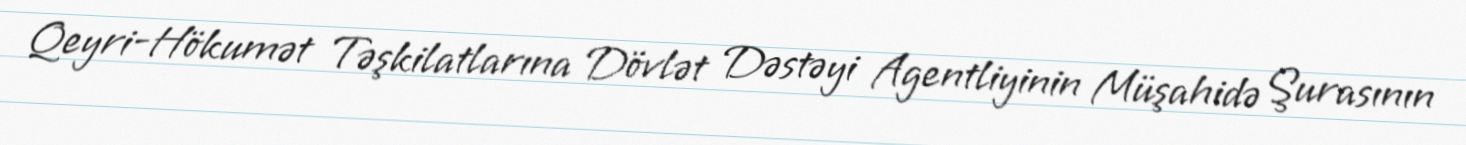
Qeyri-Hökumət Təşkilatlarına Dövlət Dəstəyi Agentliyinin Müşahidə Şurasının